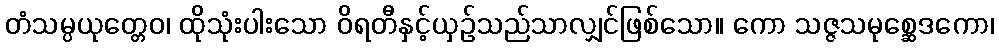
တံသမ္ပယုတ္တေဝ၊ ထိုသုံးပါးသော ဝိရတီနှင့်ယှဉ်သည်သာလျှင်ဖြစ်သော။ ကော သဇ္ဇသမုစ္ဆေဒကော၊